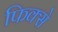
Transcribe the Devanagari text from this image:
फिक्से